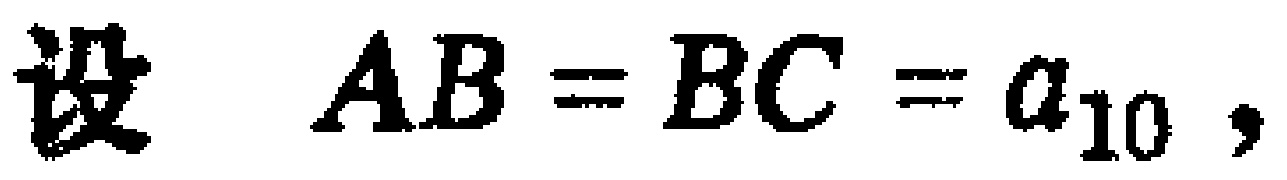
设 \(AB = BC = a_{10}\)，